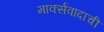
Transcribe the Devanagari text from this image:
मार्क्सवादाची